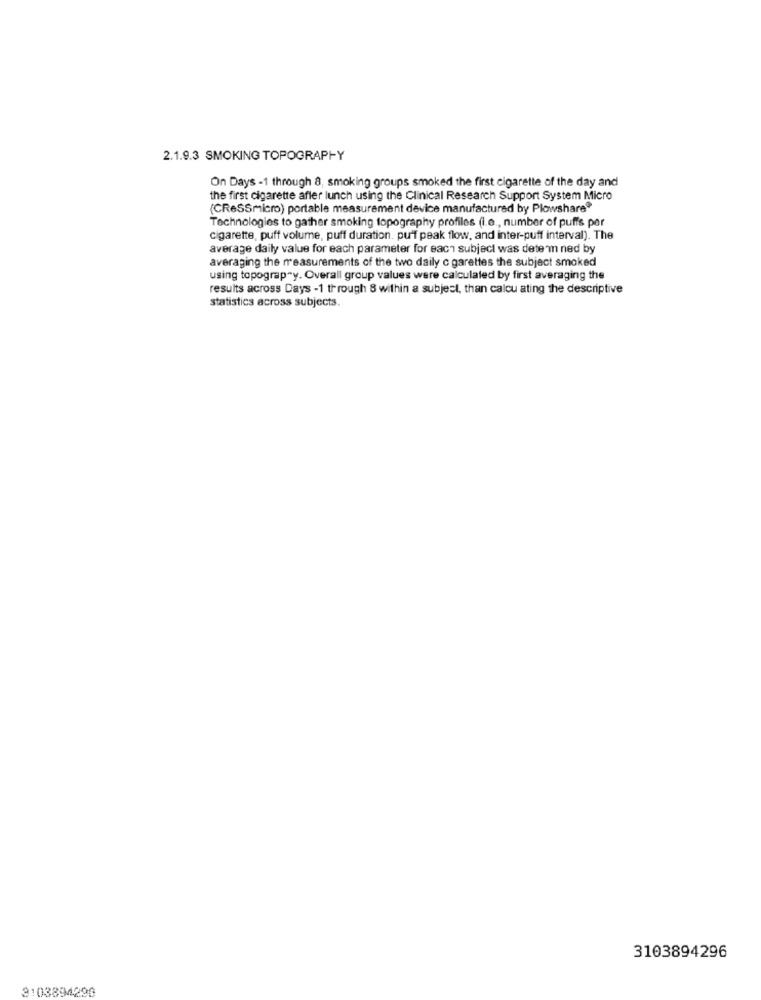
2.1.9.3 SMOKING TOPOGRAPHY
On Days -1 through 8, smoking groups smoked the first cigarette of the day and
the first cigarette afler lunch using the Clinical Research Support System Micro
(CReSSmicro) portable measurement device manufactured by Plowshare
Technologies to gather smoking topography profiles (i.e ., number of puffs per
cigarette, puff volume, puff duration. puff peak flow, and inter-puff interval). The
average daily value for each parameter for each subject was detem ned by
averaging the measurements of the two daily c garettes the subject smoked
using topograp y. Overall group values were calculated by first averaging the
results across Days -1 through 8 within a subject, than calcu ating the descriptive
statistics across subjects.
3103894296
3:03894290